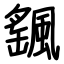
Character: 颻